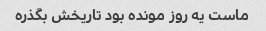
ماست یه روز مونده بود تاریخش بگذره